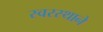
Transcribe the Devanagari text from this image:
स्वरस्थाने